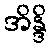
အိန္ဒိ